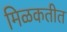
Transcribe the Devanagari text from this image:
मिळकतीत